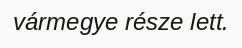
vármegye része lett.